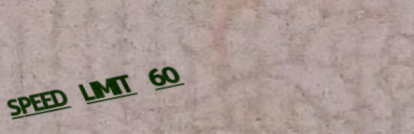
SPEED LIMIT 60